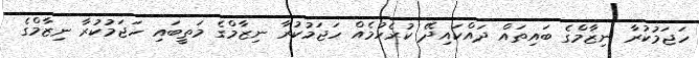
ހަޖަމުކުރާ ނިޒާމްގެ ބައިތައް ދައްކައިދޭ ކުރެހުމެއް ހަޖަމުކުރާ ނިޒާމްގެ މަތީބައި ހަޖަމުކުރާ ނިޒާމްގެ